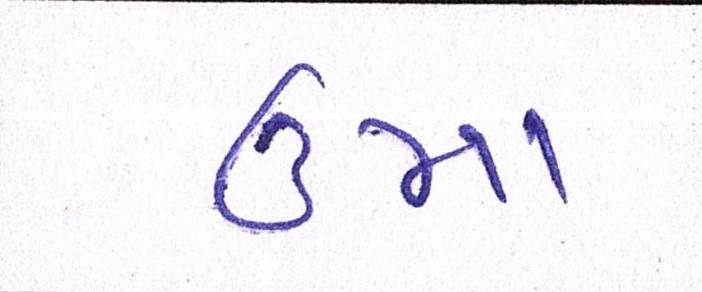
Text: ઉમા